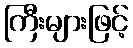
ကြီးများဖြင့်